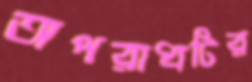
অপরাধটির